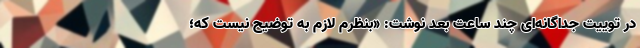
در توییت جداگانه‌ای چند ساعت بعد نوشت: «بنظرم لازم به توضیح نیست که؛